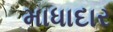
માધાદાર